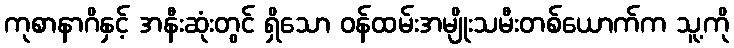
ကုစာနာဂိနှင့် အနီးဆုံးတွင် ရှိသော ဝန်ထမ်းအမျိုးသမီးတစ်ယောက်က သူ့ကို